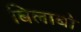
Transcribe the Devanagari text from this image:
बिलाबो